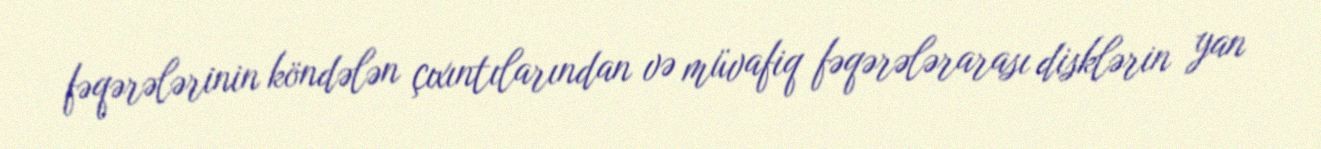
fəqərələrinin köndələn çıxıntılarından və müvafiq fəqərələrarası disklərin yan